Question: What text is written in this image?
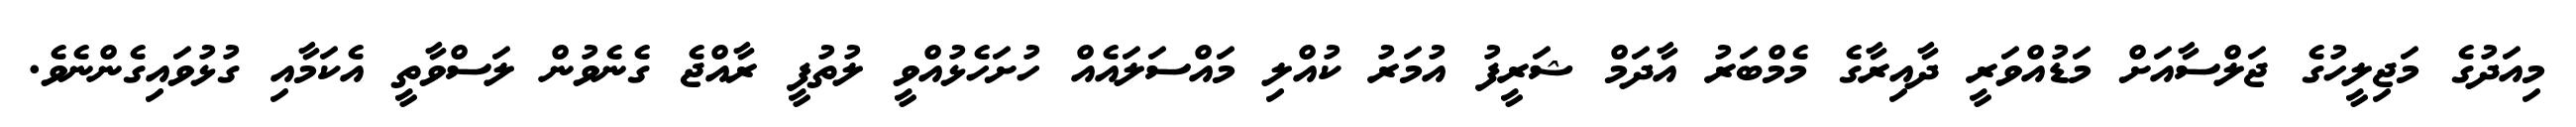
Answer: މިއަދުގެ މަޖިލީހުގެ ޖަލްސާއަށް މަޑުއްވަރީ ދާއިރާގެ މެމްބަރު އާދަމް ޝަރީފު އުމަރު ކުއްލި މައްސަލައެއް ހުށަހެޅުއްވީ ލުތުފީ ރާއްޖެ ގެނެވުން ލަސްވާތީ އެކަމާއި ގުޅުވައިގެންނެވެ.